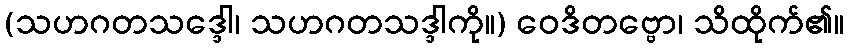
(သဟဂတသဒ္ဒေါ၊ သဟဂတသဒ္ဒါကို။) ဝေဒိတဗ္ဗော၊ သိထိုက်၏။